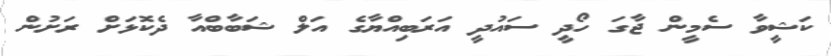
ކަޝީވާ ސެމީން ޖާގަ ހޯދީ ސައުދީ އަރަބިއްޔާގެ އަލް ޝަބާބްއާ ދެކޮޅަށް ރަށުން